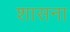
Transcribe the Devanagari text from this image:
शासना